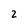
Character: 2